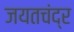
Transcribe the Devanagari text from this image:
जयतचंद्र